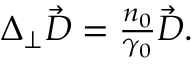
\begin{array} { r } { \Delta _ { \perp } \vec { D } = \frac { n _ { 0 } } { \gamma _ { 0 } } \vec { D } . } \end{array}